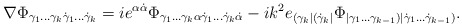
\begin{align*}\nabla \Phi_{\gamma_1 \ldots \gamma_k \dot\gamma_1 \ldots\dot\gamma_k} = ie^{\alpha\dot\alpha} \Phi_{\gamma_1 \ldots \gamma_k \alpha\dot\gamma_1 \ldots \dot\gamma_k \dot\alpha} - i k^2 e_{(\gamma_k|(\dot\gamma_k| } \Phi_{|\gamma_1 \ldots \gamma_{k-1}) |\dot\gamma_1 \ldots\dot\gamma_{k-1})}.\end{align*}